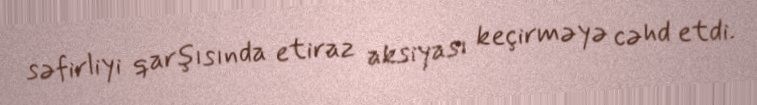
səfirliyi qarşısında etiraz aksiyası keçirməyə cəhd etdi.